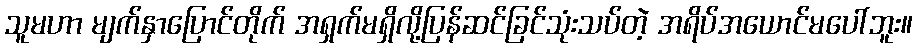
သူမဟာ မျက်နှာပြောင်တိုက် အရှက်မရှိလို့ပြန်ဆင်ခြင်သုံးသပ်တဲ့ အရိပ်အယောင်မပေါ်ဘူး။